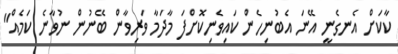
ކާކަށް އެނގެނީ އޭނަ އެބުނިހެން ކައިވެނިކޮށްފަ މާދަމާ ވަރިވާން ބޭނުން ނުވާނެ ކަމެއް"